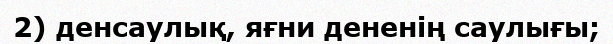
2) денсаулық, яғни дененің саулығы;